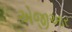
એજીઆર